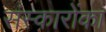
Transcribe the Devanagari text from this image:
संस्कारोंका